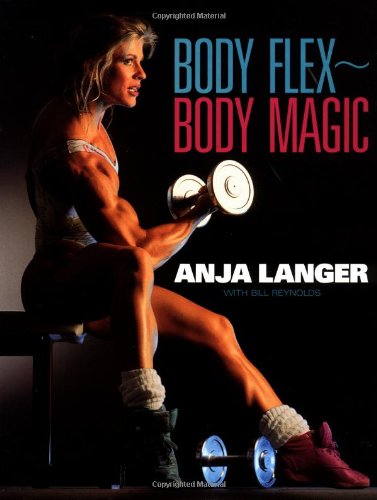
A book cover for Body Flex--Body Magic; Anja Langer; Sports & Outdoors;